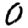
Digit: 0